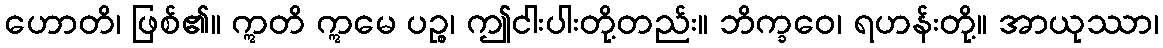
ဟောတိ၊ ဖြစ်၏။ ဣတိ ဣမေ ပဉ္စ၊ ဤငါးပါးတို့တည်း။ ဘိက္ခဝေ၊ ရဟန်းတို့။ အာယုဿာ၊